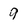
Character: 9